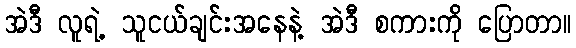
အဲဒီ လူရဲ့ သူငယ်ချင်းအနေနဲ့ အဲဒီ စကားကို ပြောတာ။